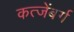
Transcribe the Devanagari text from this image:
कत्जेंबर्ग